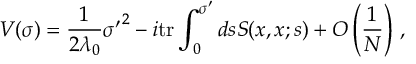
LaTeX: V ( \sigma ) = \frac { 1 } { 2 \lambda _ { 0 } } { \sigma ^ { \prime } } ^ { 2 } - i \mathrm { t r } \int _ { 0 } ^ { \sigma ^ { \prime } } d s S ( x , x ; s ) + O \left( \frac { 1 } { N } \right) \, ,